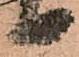
る